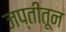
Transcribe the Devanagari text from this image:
जप्तीतून